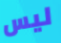
ليس